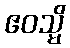
ဧဝသ္မိ